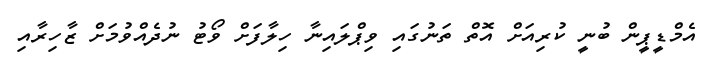
އެމްޑީޕީން ބުނީ ކުރިއަށް އޮތް ތަނުގައި ވިޕްލައިނާ ހިލާފަށް ވޯޓު ނުދެއްވުމަށް ޒާހިރާއި